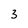
Character: 3